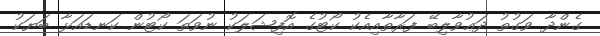
ގެންދާ ވަގުތު ދަޢުވާލިބޭ ފަރާތާއިއެކު ކޯޓުގެ އޮފިޝަލަކު ނުވަތަ ކޯޓުން ކަނޑައަޅާ ބަޔަކު